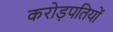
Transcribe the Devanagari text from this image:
करोड़पतियों